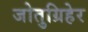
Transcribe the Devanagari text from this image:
जोतुग्रिहेर